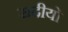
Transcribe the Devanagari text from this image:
सदीयो